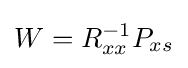
W=R_{xx}^{-1}P_{xs}